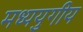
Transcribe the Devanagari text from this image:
मध्ययुगीय